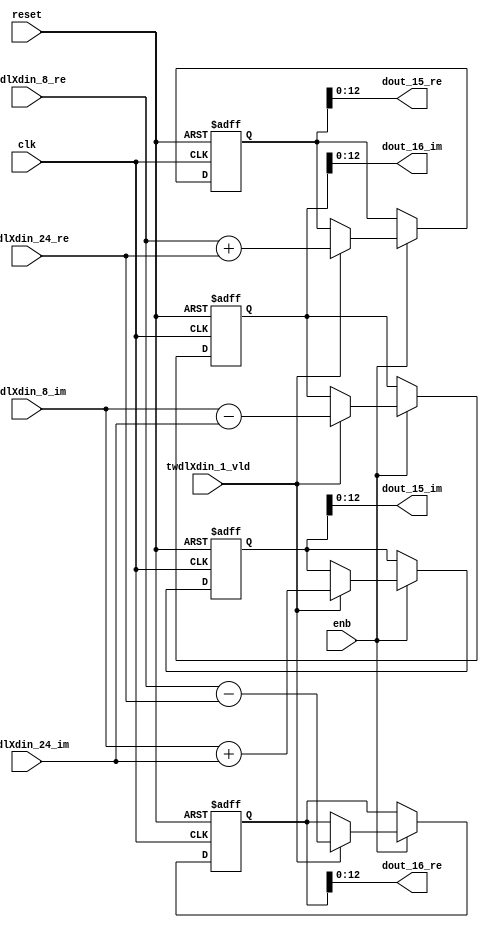
// -------------------------------------------------------------
// 
// 
// Generated by MATLAB 9.14 and HDL Coder 4.1
// 
// -------------------------------------------------------------


// -------------------------------------------------------------
// 
// Module: RADIX22FFT_SDNF1_1_block6
// Source Path: RSP/RSP/Velocity Processor/Doppler Processing/Doppler Processor/FFT/RADIX22FFT_SDNF1_1
// Hierarchy Level: 5
// 
// -------------------------------------------------------------

`timescale 1 ns / 1 ns

module RADIX22FFT_SDNF1_1_block6
          (clk,
           reset,
           enb,
           twdlXdin_8_re,
           twdlXdin_8_im,
           twdlXdin_24_re,
           twdlXdin_24_im,
           twdlXdin_1_vld,
           dout_15_re,
           dout_15_im,
           dout_16_re,
           dout_16_im);


  input   clk;
  input   reset;
  input   enb;
  input   signed [12:0] twdlXdin_8_re;  // sfix13_En10
  input   signed [12:0] twdlXdin_8_im;  // sfix13_En10
  input   signed [12:0] twdlXdin_24_re;  // sfix13_En10
  input   signed [12:0] twdlXdin_24_im;  // sfix13_En10
  input   twdlXdin_1_vld;
  output  signed [12:0] dout_15_re;  // sfix13_En10
  output  signed [12:0] dout_15_im;  // sfix13_En10
  output  signed [12:0] dout_16_re;  // sfix13_En10
  output  signed [12:0] dout_16_im;  // sfix13_En10


  reg signed [13:0] Radix22ButterflyG1_NF_btf1_re_reg;  // sfix14
  reg signed [13:0] Radix22ButterflyG1_NF_btf1_im_reg;  // sfix14
  reg signed [13:0] Radix22ButterflyG1_NF_btf2_re_reg;  // sfix14
  reg signed [13:0] Radix22ButterflyG1_NF_btf2_im_reg;  // sfix14
  reg  Radix22ButterflyG1_NF_dinXtwdl_vld_dly1;
  reg signed [13:0] Radix22ButterflyG1_NF_btf1_re_reg_next;  // sfix14_En10
  reg signed [13:0] Radix22ButterflyG1_NF_btf1_im_reg_next;  // sfix14_En10
  reg signed [13:0] Radix22ButterflyG1_NF_btf2_re_reg_next;  // sfix14_En10
  reg signed [13:0] Radix22ButterflyG1_NF_btf2_im_reg_next;  // sfix14_En10
  reg  Radix22ButterflyG1_NF_dinXtwdl_vld_dly1_next;
  reg signed [12:0] dout_15_re_1;  // sfix13_En10
  reg signed [12:0] dout_15_im_1;  // sfix13_En10
  reg signed [12:0] dout_16_re_1;  // sfix13_En10
  reg signed [12:0] dout_16_im_1;  // sfix13_En10
  reg  dout_15_vld;
  reg signed [13:0] Radix22ButterflyG1_NF_add_cast;  // sfix14_En10
  reg signed [13:0] Radix22ButterflyG1_NF_add_cast_0;  // sfix14_En10
  reg signed [13:0] Radix22ButterflyG1_NF_sub_cast;  // sfix14_En10
  reg signed [13:0] Radix22ButterflyG1_NF_sub_cast_0;  // sfix14_En10
  reg signed [13:0] Radix22ButterflyG1_NF_add_cast_1;  // sfix14_En10
  reg signed [13:0] Radix22ButterflyG1_NF_add_cast_2;  // sfix14_En10
  reg signed [13:0] Radix22ButterflyG1_NF_sub_cast_1;  // sfix14_En10
  reg signed [13:0] Radix22ButterflyG1_NF_sub_cast_2;  // sfix14_En10


  // Radix22ButterflyG1_NF
  always @(posedge clk or posedge reset)
    begin : Radix22ButterflyG1_NF_process
      if (reset == 1'b1) begin
        Radix22ButterflyG1_NF_btf1_re_reg <= 14'sb00000000000000;
        Radix22ButterflyG1_NF_btf1_im_reg <= 14'sb00000000000000;
        Radix22ButterflyG1_NF_btf2_re_reg <= 14'sb00000000000000;
        Radix22ButterflyG1_NF_btf2_im_reg <= 14'sb00000000000000;
        Radix22ButterflyG1_NF_dinXtwdl_vld_dly1 <= 1'b0;
      end
      else begin
        if (enb) begin
          Radix22ButterflyG1_NF_btf1_re_reg <= Radix22ButterflyG1_NF_btf1_re_reg_next;
          Radix22ButterflyG1_NF_btf1_im_reg <= Radix22ButterflyG1_NF_btf1_im_reg_next;
          Radix22ButterflyG1_NF_btf2_re_reg <= Radix22ButterflyG1_NF_btf2_re_reg_next;
          Radix22ButterflyG1_NF_btf2_im_reg <= Radix22ButterflyG1_NF_btf2_im_reg_next;
          Radix22ButterflyG1_NF_dinXtwdl_vld_dly1 <= Radix22ButterflyG1_NF_dinXtwdl_vld_dly1_next;
        end
      end
    end

  always @(Radix22ButterflyG1_NF_btf1_im_reg, Radix22ButterflyG1_NF_btf1_re_reg,
       Radix22ButterflyG1_NF_btf2_im_reg, Radix22ButterflyG1_NF_btf2_re_reg,
       Radix22ButterflyG1_NF_dinXtwdl_vld_dly1, twdlXdin_1_vld, twdlXdin_24_im,
       twdlXdin_24_re, twdlXdin_8_im, twdlXdin_8_re) begin
    Radix22ButterflyG1_NF_add_cast = 14'sb00000000000000;
    Radix22ButterflyG1_NF_add_cast_0 = 14'sb00000000000000;
    Radix22ButterflyG1_NF_sub_cast = 14'sb00000000000000;
    Radix22ButterflyG1_NF_sub_cast_0 = 14'sb00000000000000;
    Radix22ButterflyG1_NF_add_cast_1 = 14'sb00000000000000;
    Radix22ButterflyG1_NF_add_cast_2 = 14'sb00000000000000;
    Radix22ButterflyG1_NF_sub_cast_1 = 14'sb00000000000000;
    Radix22ButterflyG1_NF_sub_cast_2 = 14'sb00000000000000;
    Radix22ButterflyG1_NF_btf1_re_reg_next = Radix22ButterflyG1_NF_btf1_re_reg;
    Radix22ButterflyG1_NF_btf1_im_reg_next = Radix22ButterflyG1_NF_btf1_im_reg;
    Radix22ButterflyG1_NF_btf2_re_reg_next = Radix22ButterflyG1_NF_btf2_re_reg;
    Radix22ButterflyG1_NF_btf2_im_reg_next = Radix22ButterflyG1_NF_btf2_im_reg;
    Radix22ButterflyG1_NF_dinXtwdl_vld_dly1_next = twdlXdin_1_vld;
    if (twdlXdin_1_vld) begin
      Radix22ButterflyG1_NF_add_cast = {twdlXdin_8_re[12], twdlXdin_8_re};
      Radix22ButterflyG1_NF_add_cast_0 = {twdlXdin_24_re[12], twdlXdin_24_re};
      Radix22ButterflyG1_NF_btf1_re_reg_next = Radix22ButterflyG1_NF_add_cast + Radix22ButterflyG1_NF_add_cast_0;
      Radix22ButterflyG1_NF_sub_cast = {twdlXdin_8_re[12], twdlXdin_8_re};
      Radix22ButterflyG1_NF_sub_cast_0 = {twdlXdin_24_re[12], twdlXdin_24_re};
      Radix22ButterflyG1_NF_btf2_re_reg_next = Radix22ButterflyG1_NF_sub_cast - Radix22ButterflyG1_NF_sub_cast_0;
      Radix22ButterflyG1_NF_add_cast_1 = {twdlXdin_8_im[12], twdlXdin_8_im};
      Radix22ButterflyG1_NF_add_cast_2 = {twdlXdin_24_im[12], twdlXdin_24_im};
      Radix22ButterflyG1_NF_btf1_im_reg_next = Radix22ButterflyG1_NF_add_cast_1 + Radix22ButterflyG1_NF_add_cast_2;
      Radix22ButterflyG1_NF_sub_cast_1 = {twdlXdin_8_im[12], twdlXdin_8_im};
      Radix22ButterflyG1_NF_sub_cast_2 = {twdlXdin_24_im[12], twdlXdin_24_im};
      Radix22ButterflyG1_NF_btf2_im_reg_next = Radix22ButterflyG1_NF_sub_cast_1 - Radix22ButterflyG1_NF_sub_cast_2;
    end
    dout_15_re_1 = Radix22ButterflyG1_NF_btf1_re_reg[12:0];
    dout_15_im_1 = Radix22ButterflyG1_NF_btf1_im_reg[12:0];
    dout_16_re_1 = Radix22ButterflyG1_NF_btf2_re_reg[12:0];
    dout_16_im_1 = Radix22ButterflyG1_NF_btf2_im_reg[12:0];
    dout_15_vld = Radix22ButterflyG1_NF_dinXtwdl_vld_dly1;
  end



  assign dout_15_re = dout_15_re_1;

  assign dout_15_im = dout_15_im_1;

  assign dout_16_re = dout_16_re_1;

  assign dout_16_im = dout_16_im_1;

endmodule  // RADIX22FFT_SDNF1_1_block6